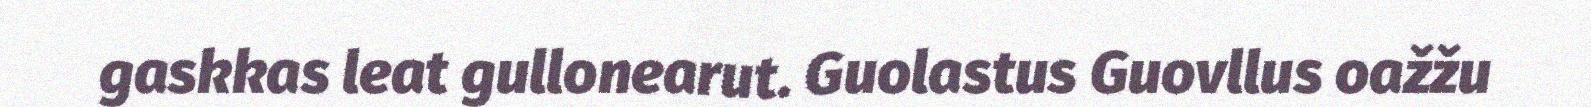
gaskkas leat gullonearut. Guolastus Guovllus oažžu